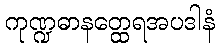
ကုဏ္ဍဓာနတ္ထေရအပဒါနံ